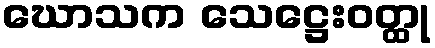
ဃောသက သေဋ္ဌေးဝတ္ထု